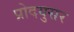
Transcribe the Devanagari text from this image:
प्रोदयुसर